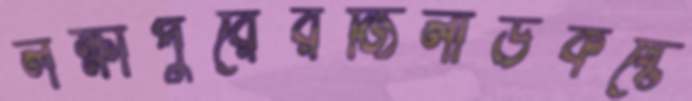
লক্ষীপুরেরজিলার্ডকষ্টে